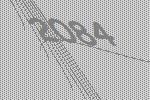
2084